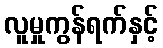
လူမှုကွန်ရက်နှင့်